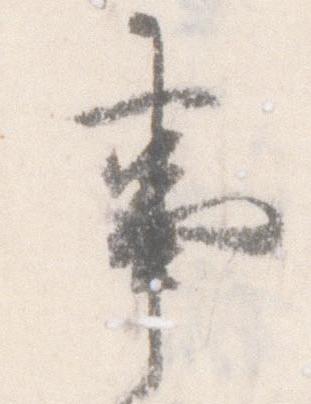
事